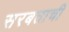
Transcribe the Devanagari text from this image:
सरबताची